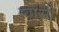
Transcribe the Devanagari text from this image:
ग्वासी